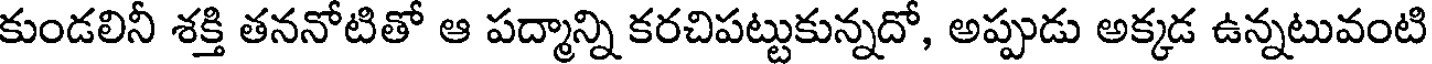
కుండలినీ శక్తి తననోటితో ఆ పద్మాన్ని కరచిపట్టుకున్నదో, అప్పుడు అక్కడ ఉన్నటువంటి